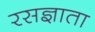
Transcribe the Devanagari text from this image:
रसज्ञाता